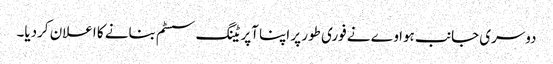
دوسری جانب ہواوے نے فوری طور پر اپنا آپریٹنگ سسٹم بنانے کا اعلان کردیا۔